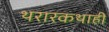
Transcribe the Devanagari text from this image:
थरारकथाही